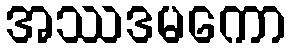
အဿဒမကော